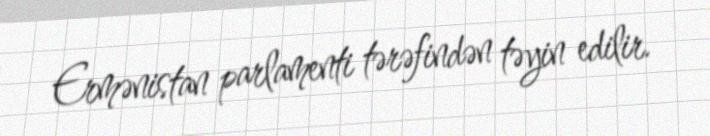
Ermənistan parlamenti tərəfindən təyin edilir.